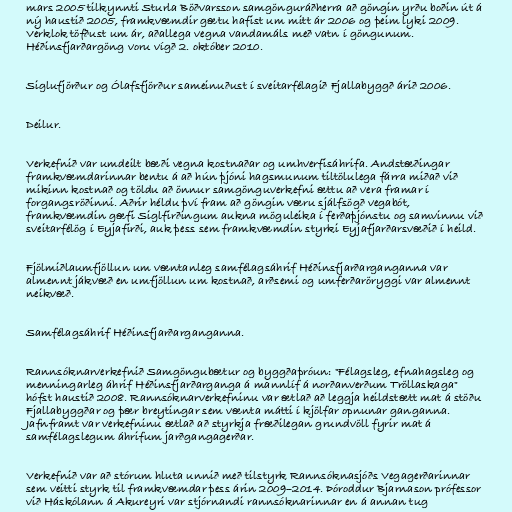
mars 2005 tilkynnti Sturla Böðvarsson samgönguráðherra að göngin yrðu boðin út á
ný haustið 2005, framkvæmdir gætu hafist um mitt ár 2006 og þeim lyki 2009.
Verklok töfðust um ár, aðallega vegna vandamáls með vatn í göngunum.
Héðinsfjarðargöng voru vígð 2. október 2010.

Siglufjörður og Ólafsfjörður sameinuðust í sveitarfélagið Fjallabyggð árið 2006.

Deilur.

Verkefnið var umdeilt bæði vegna kostnaðar og umhverfisáhrifa. Andstæðingar
framkvæmdarinnar bentu á að hún þjóni hagsmunum tiltölulega fárra miðað við
mikinn kostnað og töldu að önnur samgönguverkefni ættu að vera framar í
forgangsröðinni. Aðrir héldu því fram að göngin væru sjálfsögð vegabót,
framkvæmdin gæfi Siglfirðingum aukna möguleika í ferðaþjónstu og samvinnu við
sveitarfélög í Eyjafirði, auk þess sem framkvæmdin styrki Eyjafjarðarsvæðið í heild.

Fjölmiðlaumfjöllun um væntanleg samfélagsáhrif Héðinsfjarðarganganna var
almennt jákvæð en umfjöllun um kostnað, arðsemi og umferðaröryggi var almennt
neikvæð.

Samfélagsáhrif Héðinsfjarðarganganna.

Rannsóknarverkefnið Samgöngubætur og byggðaþróun: "Félagsleg, efnahagsleg og
menningarleg áhrif Héðinsfjarðarganga á mannlíf á norðanverðum Tröllaskaga"
hófst haustið 2008. Rannsóknarverkefninu var ætlað að leggja heildstætt mat á stöðu
Fjallabyggðar og þær breytingar sem vænta mátti í kjölfar opnunar ganganna.
Jafnframt var verkefninu ætlað að styrkja fræðilegan grundvöll fyrir mat á
samfélagslegum áhrifum jarðgangagerðar.

Verkefnið var að stórum hluta unnið með tilstyrk Rannsóknasjóðs Vegagerðarinnar
sem veitti styrk til framkvæmdar þess árin 2009–2014. Þóroddur Bjarnason prófessor
við Háskólann á Akureyri var stjórnandi rannsóknarinnar en á annan tug